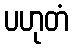
ပဟုတံ